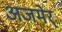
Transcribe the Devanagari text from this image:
अजमेर्